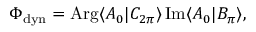
\Phi _ { \mathrm { d y n } } = \mathrm { A r g } \langle A _ { 0 } | C _ { 2 \pi } \rangle \, \mathrm { I m } \langle A _ { 0 } | B _ { \pi } \rangle ,